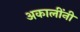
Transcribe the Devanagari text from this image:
अकालींनी